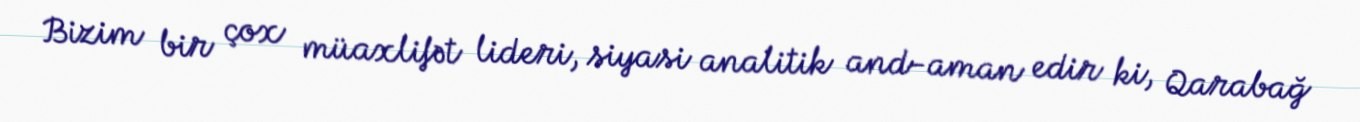
Bizim bir çox müaxlifət lideri, siyasi analitik and-aman edir ki, Qarabağ